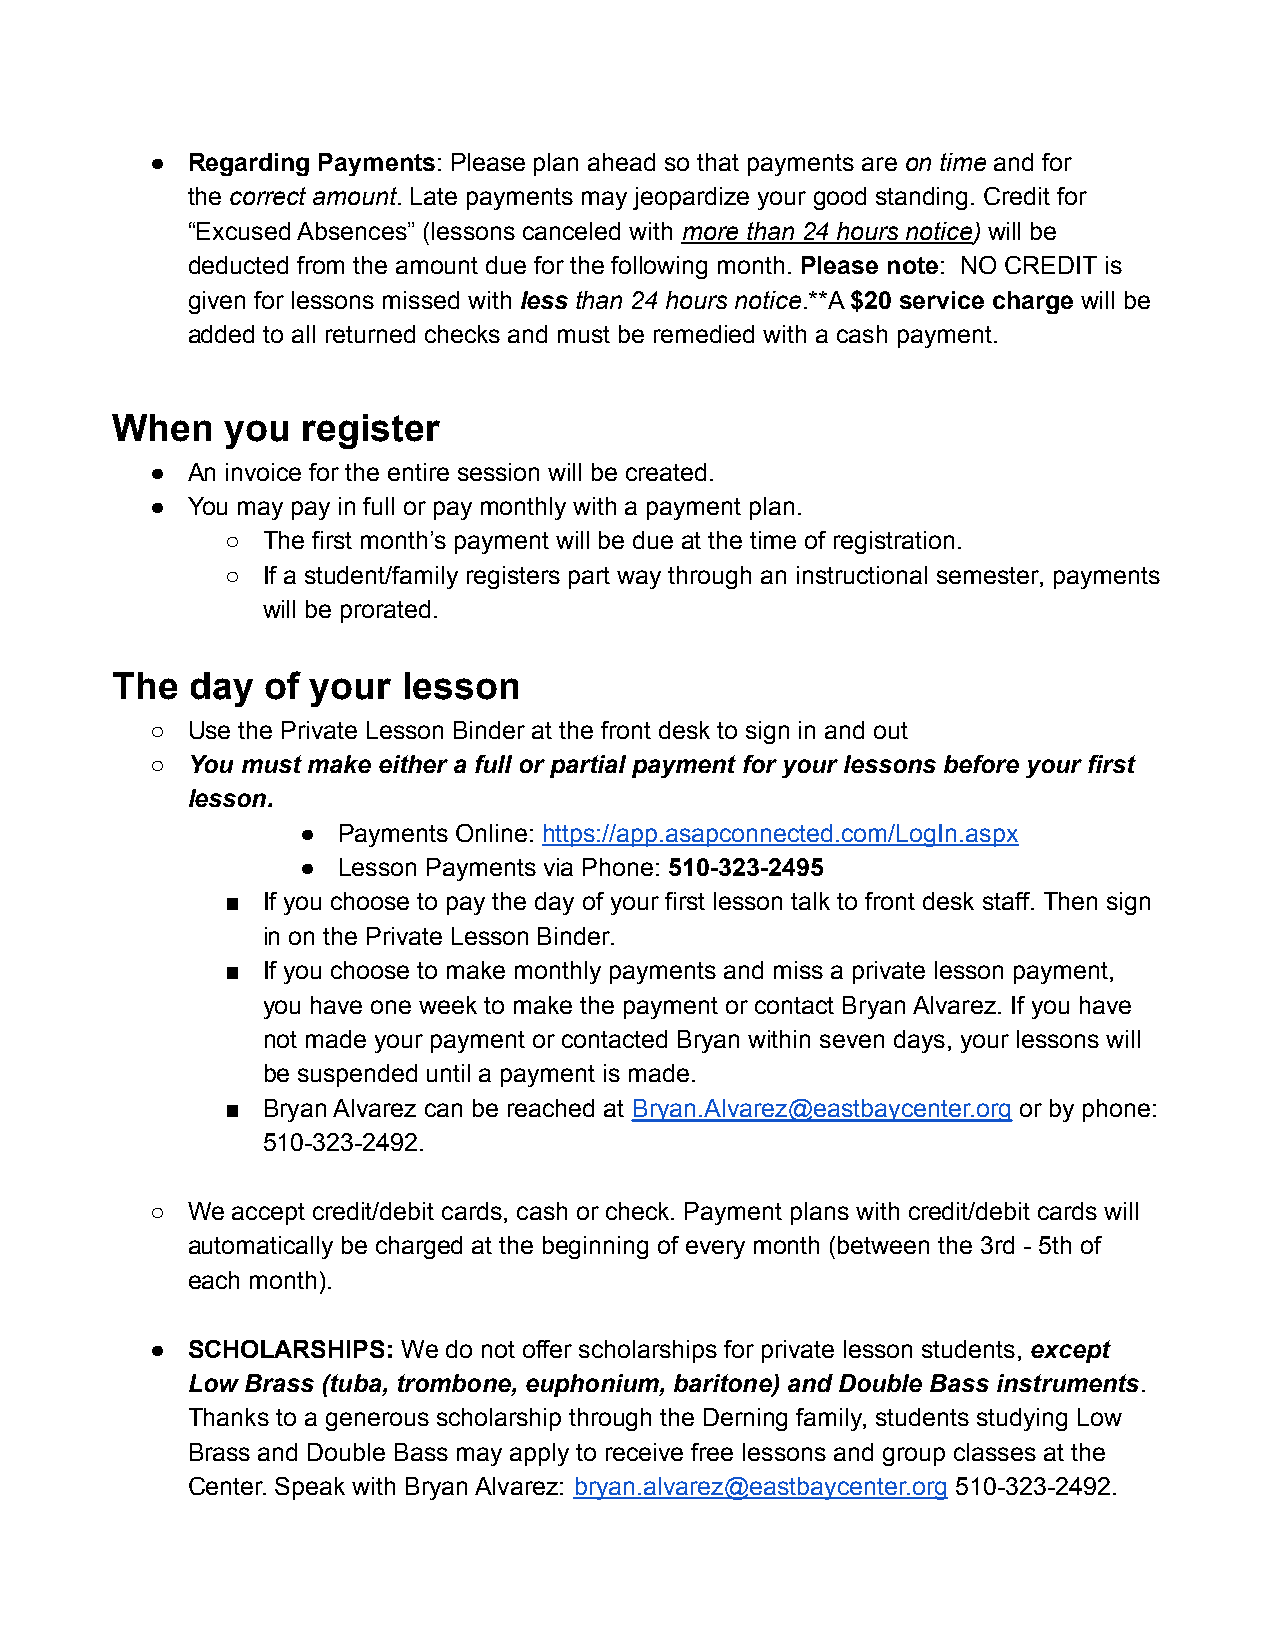
● Regarding Payments: Please plan ahead so that payments are on time and for
 the correct amount. Late payments may jeopardize your good standing. Credit for
 “Excused Absences” (lessons canceled with more than 24 hours notice) will be
 deducted from the amount due for the following month. Please note: NO CREDIT is
 given for lessons missed with less than 24 hours notice.**A $20 service charge will be
 added to all returned checks and must be remedied with a cash payment.
 When    you  register
 ● An invoice for the entire session will be created.
 ● You may pay in full or pay monthly with a payment plan.
 ○ The first month’s payment will be due at the time of registration.
 ○ If a student/family registers part way through an instructional semester, payments
 will be prorated.
 The   day  of your  lesson
 ○ Use the Private Lesson Binder at the front desk to sign in and out
 ○ You must make either a full or partial payment for your lessons before your first
 lesson.
 ● Payments Online: https://app.asapconnected.com/LogIn.aspx
 ● Lesson Payments via Phone: 510-323-2495
 ■ If you choose to pay the day of your first lesson talk to front desk staff. Then sign
 in on the Private Lesson Binder.
 ■ If you choose to make monthly payments and miss a private lesson payment,
 you have one week to make the payment or contact Bryan Alvarez. If you have
 not made your payment or contacted Bryan within seven days, your lessons will
 be suspended until a payment is made.
 ■ Bryan Alvarez can be reached at Bryan.Alvarez@eastbaycenter.org or by phone:
 510-323-2492.
 ○ We accept credit/debit cards, cash or check. Payment plans with credit/debit cards will
 automatically be charged at the beginning of every month (between the 3rd - 5th of
 each month).
 ● SCHOLARSHIPS:  We do not offer scholarships for private lesson students, except
 Low Brass (tuba, trombone, euphonium, baritone) and Double Bass instruments.
 Thanks to a generous scholarship through the Derning family, students studying Low
 Brass and Double Bass may apply to receive free lessons and group classes at the
 Center. Speak with Bryan Alvarez: bryan.alvarez@eastbaycenter.org 510-323-2492.